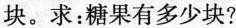
块。求：糖果有多少块?